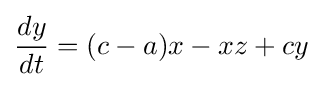
{\frac {dy}{dt}}=(c-a)x-xz+cy